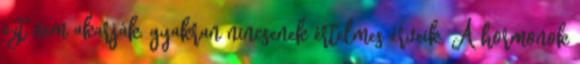
ezt nem akarják, gyakran nincsenek értelmes érveik. A hormonok